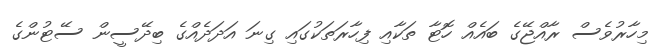
މިހާރުވެސް ރާއްޖޭގެ ބައެއް ހޮޓާ ތަކާއި ފިހާރަތަކުގައި ގިނަ އަދަދެއްގެ ބިދޭސީން ސޭޓުންގެ